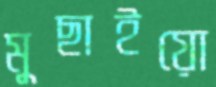
মুছাইয়ো